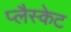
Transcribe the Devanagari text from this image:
प्लैस्केट